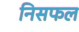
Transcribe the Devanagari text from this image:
निसफल